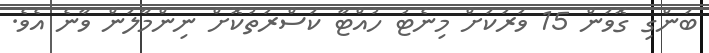
ބަންގި ގޮވަން 15 ވަރަކަށް މިނެޓު ހުއްޓާ ކަސްރަތުކޮށް ނިންމާލަން ވާނެ އެވެ.